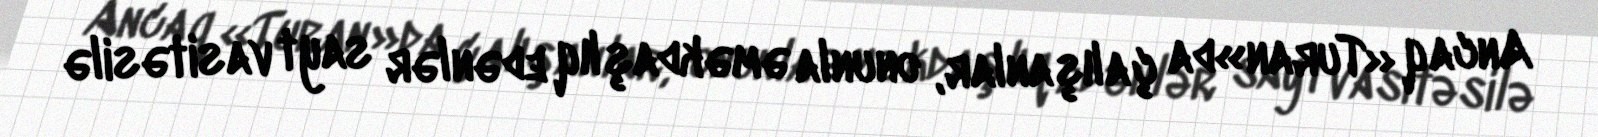
Ancaq «Turan»da çalışanlar, onunla əməkdaşlıq edənlər sayt vasitəsilə